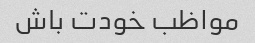
مواظب خودت باش